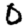
Digit: 0